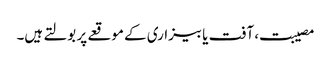
مصیبت، آفت یا بیزاری کے موقعے پر بولتے ہیں۔